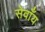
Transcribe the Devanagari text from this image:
सेवाँय